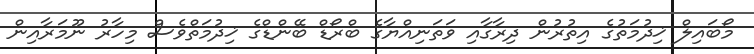
މޯބައިލް ޚިދުމަތުގެ އިތުރުން ދިރާގާއި ވަތަނިއްޔާގެ ބްރޯޑް ބޭންޑްގެ ޚިދުމަތްވެސް މިހާރު ނޫމަރާއިން